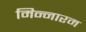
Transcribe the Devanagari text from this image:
मिन्नारम